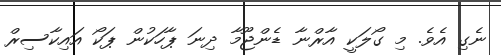
ނެގި އެވެ. މި ގޯލަކީ އާރްނާ ޑެންޖޫމާ ދިނަ ޕާހަކުން ޕަކޯ އައިކާސިރް